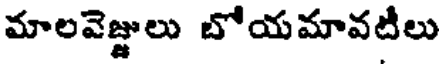
మాలవెజ్జులు బోయమావటీలు